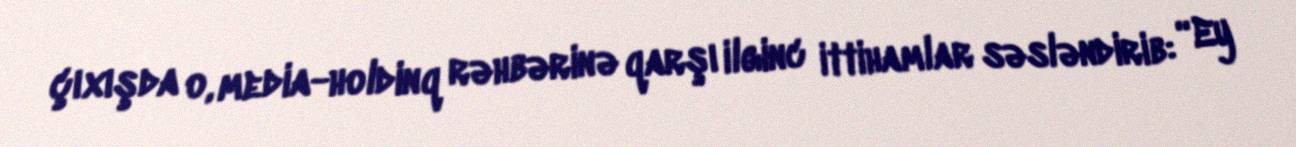
çıxışda o, media-holdinq rəhbərinə qarşı ilginc ittihamlar səsləndirib: “Ey